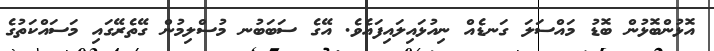
އޮޅުންބޮޅުން ބޮޑު މައްސަލަ ގަނޑެއް ނިއުޅައިލައިފައެވެ. އޭގެ ސަބަބުނ މުސްލިމުން ގޭތެރޭގައި މަސައްކަތުގެ